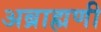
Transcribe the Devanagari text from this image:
अब्राह्मणी